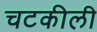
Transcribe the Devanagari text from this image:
चटकीली